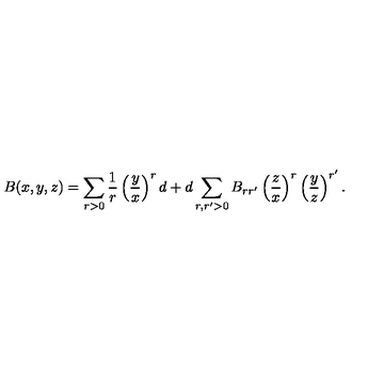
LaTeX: B ( x , y , z ) = \sum _ { r > 0 } { \frac { 1 } { r } } \left( { \frac { y } { x } } \right) ^ { r } d + d \sum _ { r , r ^ { \prime } > 0 } B _ { r r ^ { \prime } } \left( { \frac { z } { x } } \right) ^ { r } \left( { \frac { y } { z } } \right) ^ { r ^ { \prime } } .